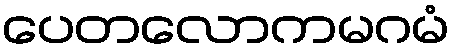
ပေတလောကမဂမံ